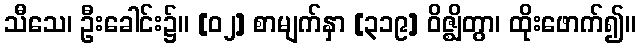
သီသေ၊ ဦးခေါင်း၌။ [၀၂] စာမျက်နှာ [၃၁၉] ဝိဇ္ဈိတွာ၊ ထိုးဖောက်၍။